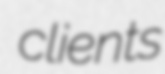
clients